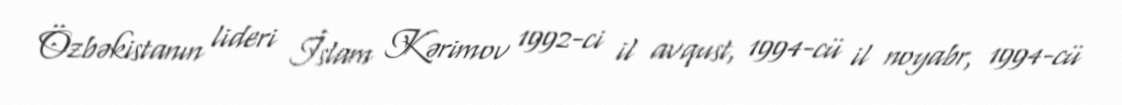
Özbəkistanın lideri İslam Kərimov 1992-ci il avqust, 1994-cü il noyabr, 1994-cü